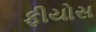
ફીયોસ